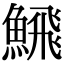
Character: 𩹉